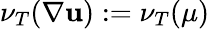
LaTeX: \nu_{T}(\nabla\textbf{u}):=\nu_{T}(\mu)